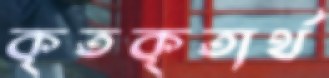
কৃতকৃতার্থ